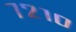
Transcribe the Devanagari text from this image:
७२१०